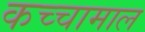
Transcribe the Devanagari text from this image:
कच्‍चामाल